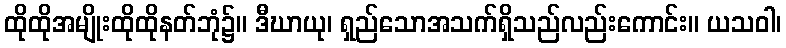
ထိုထိုအမျိုးထိုထိုနတ်ဘုံ၌။ ဒီဃာယု၊ ရှည်သောအသက်ရှိသည်လည်းကောင်း။ ယသဝါ၊